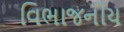
વિભાજનીય